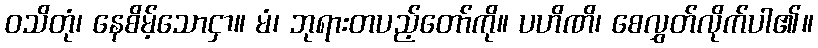
ဝသိတုံ၊ နေစိမ့်သောငှာ။ မံ၊ ဘုရားတပည့်တော်ကို။ ပဟိဏိ၊ စေလွှတ်လိုက်ပါ၏။